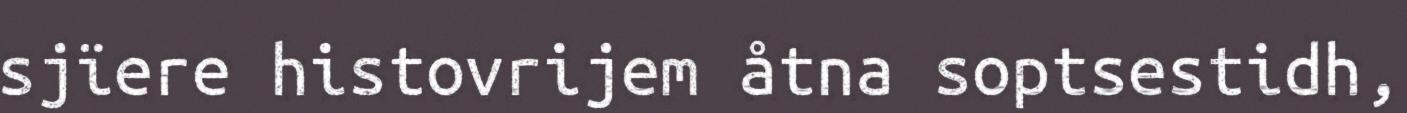
sjïere histovrijem åtna soptsestidh,